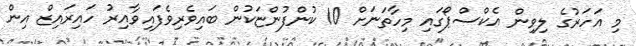
މި އަހަރުގެ ލިވިން އެކްސްޕޯގައި މިހާތަނަށް 10 ކުންފުންޏަކުން ބައިވެރިވެފައިވާއިރު ހައިރައިޒް އިން